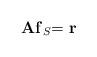
LaTeX: \begin{align*}\mathbf{Af}_{S}\mathbf{=r} \end{align*}